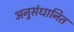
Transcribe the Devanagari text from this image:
अनुसंधानित